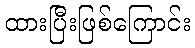
ထားပြီးဖြစ်ကြောင်း